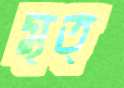
মৃত্